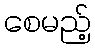
စေမည့်